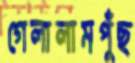
গেলালামপুঁছ